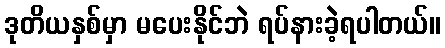
ဒုတိယနှစ်မှာ မပေးနိုင်ဘဲ ရပ်နားခဲ့ရပါတယ်။